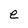
Character: e